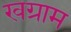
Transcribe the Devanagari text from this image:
खग्राम